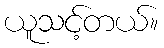
ယူသင့်တယ်။